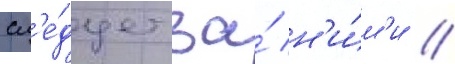
сл'е́дует за́ н'и́м'и //